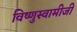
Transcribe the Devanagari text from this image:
विष्णुस्वामीजी